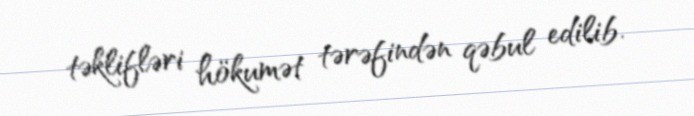
təklifləri hökumət tərəfindən qəbul edilib.